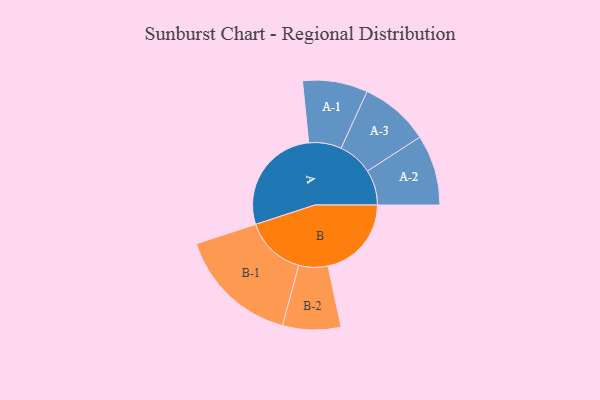
{"axis": {"x": "Segment", "y": "Value"}, "legend": ["", "A", "B"], "data": [{"x": "A", "y": 407, "type": ""}, {"x": "B", "y": 310, "type": ""}, {"x": "A-1", "y": 121, "type": "A"}, {"x": "A-2", "y": 131, "type": "A"}, {"x": "A-3", "y": 129, "type": "A"}, {"x": "B-1", "y": 226, "type": "B"}, {"x": "B-2", "y": 108, "type": "B"}]}